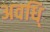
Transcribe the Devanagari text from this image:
अवधि्